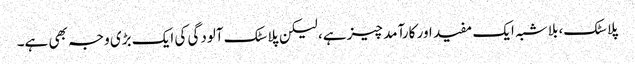
پلاسٹک، بلاشبہ ایک مفید اور کارآمد چیز ہے، لیکن پلاسٹک آلودگی کی ایک بڑی وجہ بھی ہے۔